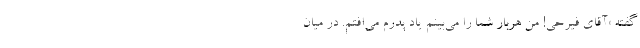
گفته «آقای فیرحی! من هربار شما را می‌‌بینم یاد پدرم می‌افتم. در میان